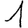
Digit: 1